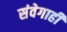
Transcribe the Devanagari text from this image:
संवेगाही